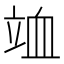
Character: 𥩹